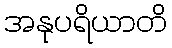
အနုပရိယာတိ